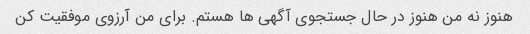
هنوز نه من هنوز در حال جستجوی آگهی ها هستم. برای من آرزوی موفقیت کن